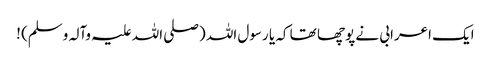
ایک اعرابی نے پوچھا تھا کہ یا رسول اللہ (صلی اللہ علیہ وآلہ وسلم) !